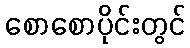
စောစောပိုင်းတွင်